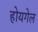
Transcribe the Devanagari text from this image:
होयगेल